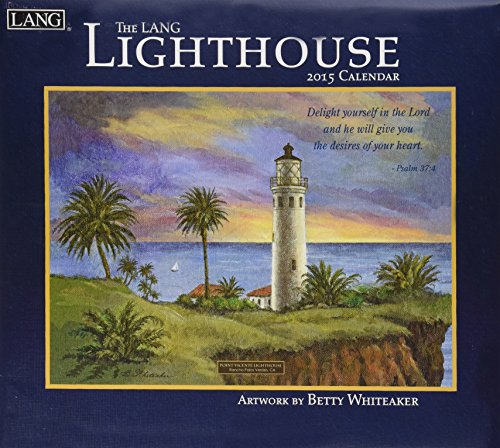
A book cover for Lighthouse Christian 2015 Calendar; Calendars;